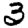
Digit: 3